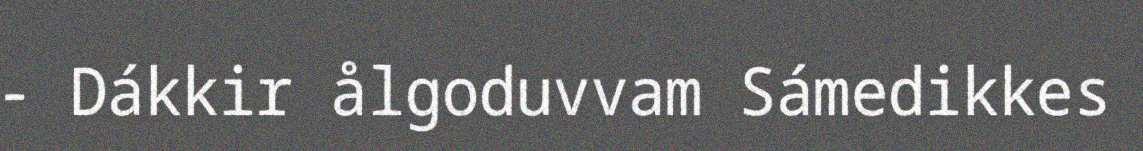
- Dákkir ålgoduvvam Sámedikkes